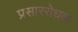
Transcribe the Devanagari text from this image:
प्रसाररोधक